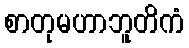
စာတုမဟာဘူတိကံ